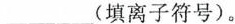
___(填离子符号)。